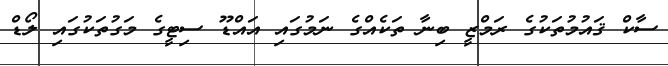
ސާކް ޤައުމުތަކުގެ ރަމްޒީ ބިނާ ތަކެއްގެ ނަމުގައި އައްޑޫ ސިޓީގެ މަގުތަކުގައި ލޯޑް